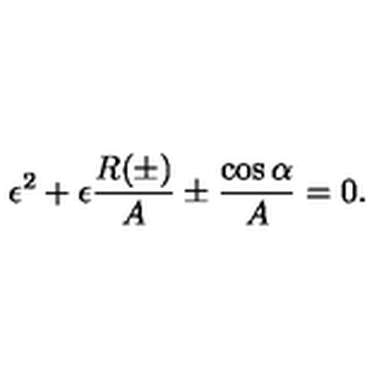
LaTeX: \epsilon ^ { 2 } + \epsilon \frac { R ( \pm ) } { A } \pm \frac { \cos \alpha } { A } = 0 .